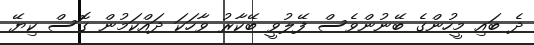
ދެ ބައި މީހުންގެ ބޭނުންވެސް ފޭލުވީ ބޭކާރު ވާހަކަ ދައްކަމުން ގޮސް ކިޔޭ